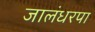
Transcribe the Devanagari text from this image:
जालंधरपा